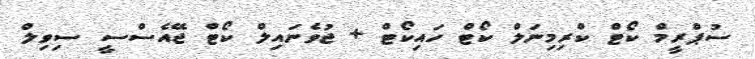
ސުޕްރީމް ކޯޓް ކްރިމިނަލް ކޯޓް ހައިކޯޓް + ޖުވެނައިލް ކޯޓް ޖޭއެސްސީ ސިވިލް